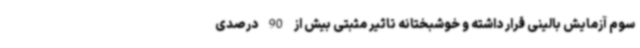
سوم آزمایش بالینی قرار داشته و خوشبختانه تاثیر مثبتی بیش از 90 درصدی